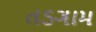
તડગામ